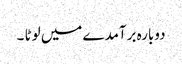
دوبارہ برآمدے میں لوٹا ۔